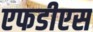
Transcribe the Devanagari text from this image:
एफडीएस